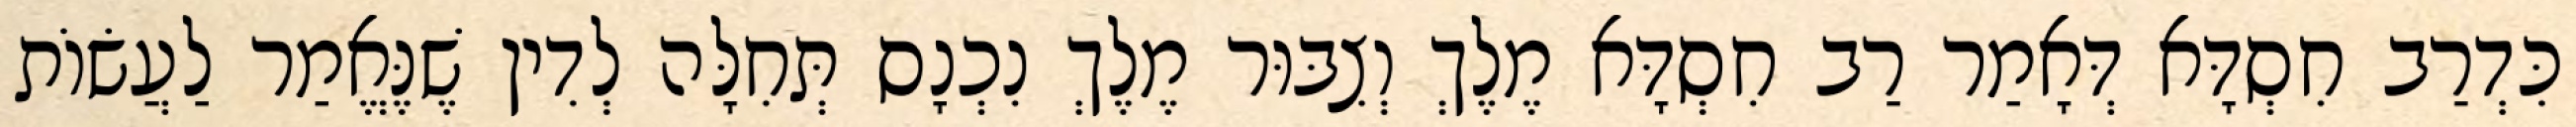
כִּדְרַב חִסְדָּא דְּאָמַר רַב חִסְדָּא מֶלֶךְ וְצִבּוּר מֶלֶךְ נִכְנָס תְּחִלָּה לְדִין שֶׁנֶּאֱמַר לַעֲשׂוֹת